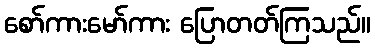
စော်ကားမော်ကား ပြောတတ်ကြသည်။